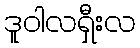
ဒူဝါလရှီးလ